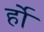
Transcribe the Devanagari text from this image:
र्हो